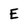
Character: E